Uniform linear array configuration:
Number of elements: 16
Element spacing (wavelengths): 0.5
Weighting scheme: cosine
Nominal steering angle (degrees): -30
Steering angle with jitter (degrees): -30.994
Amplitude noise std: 0.05
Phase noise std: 0.05

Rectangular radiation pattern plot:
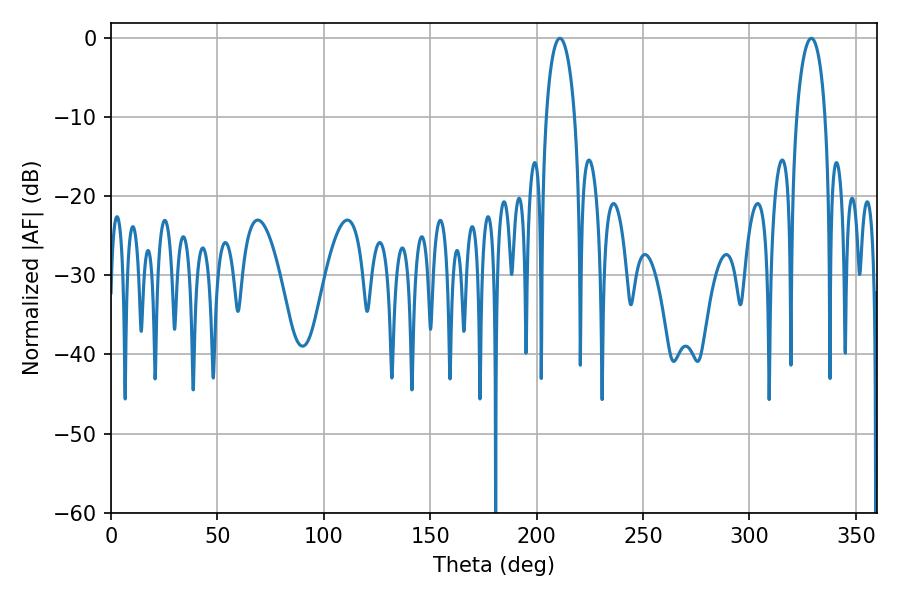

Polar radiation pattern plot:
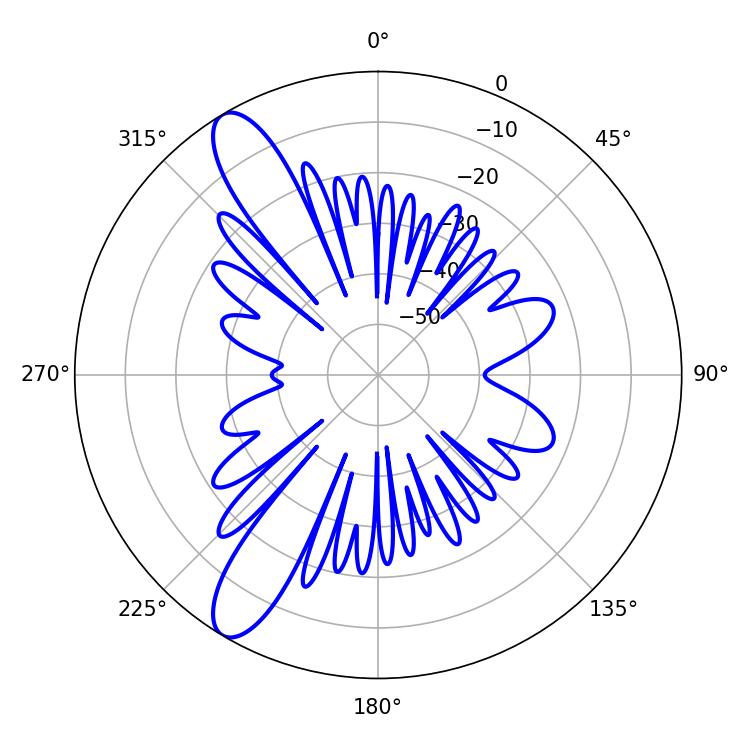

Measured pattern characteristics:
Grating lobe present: FALSE
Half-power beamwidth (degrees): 7.74
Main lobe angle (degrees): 329.04